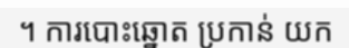
។ ការបោះឆ្នោត ប្រកាន់ យក